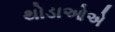
થોડાઓએ